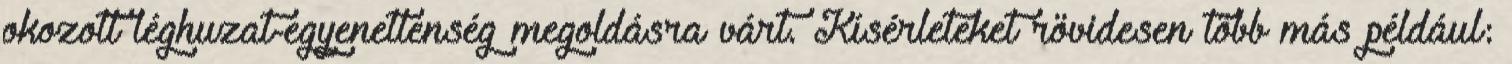
okozott léghuzat-egyenetlenség megoldásra várt. Kísérleteket rövidesen több más például: